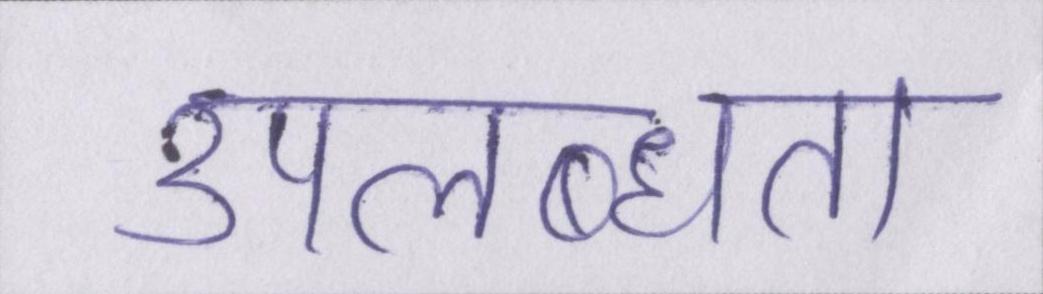
उपलब्धता